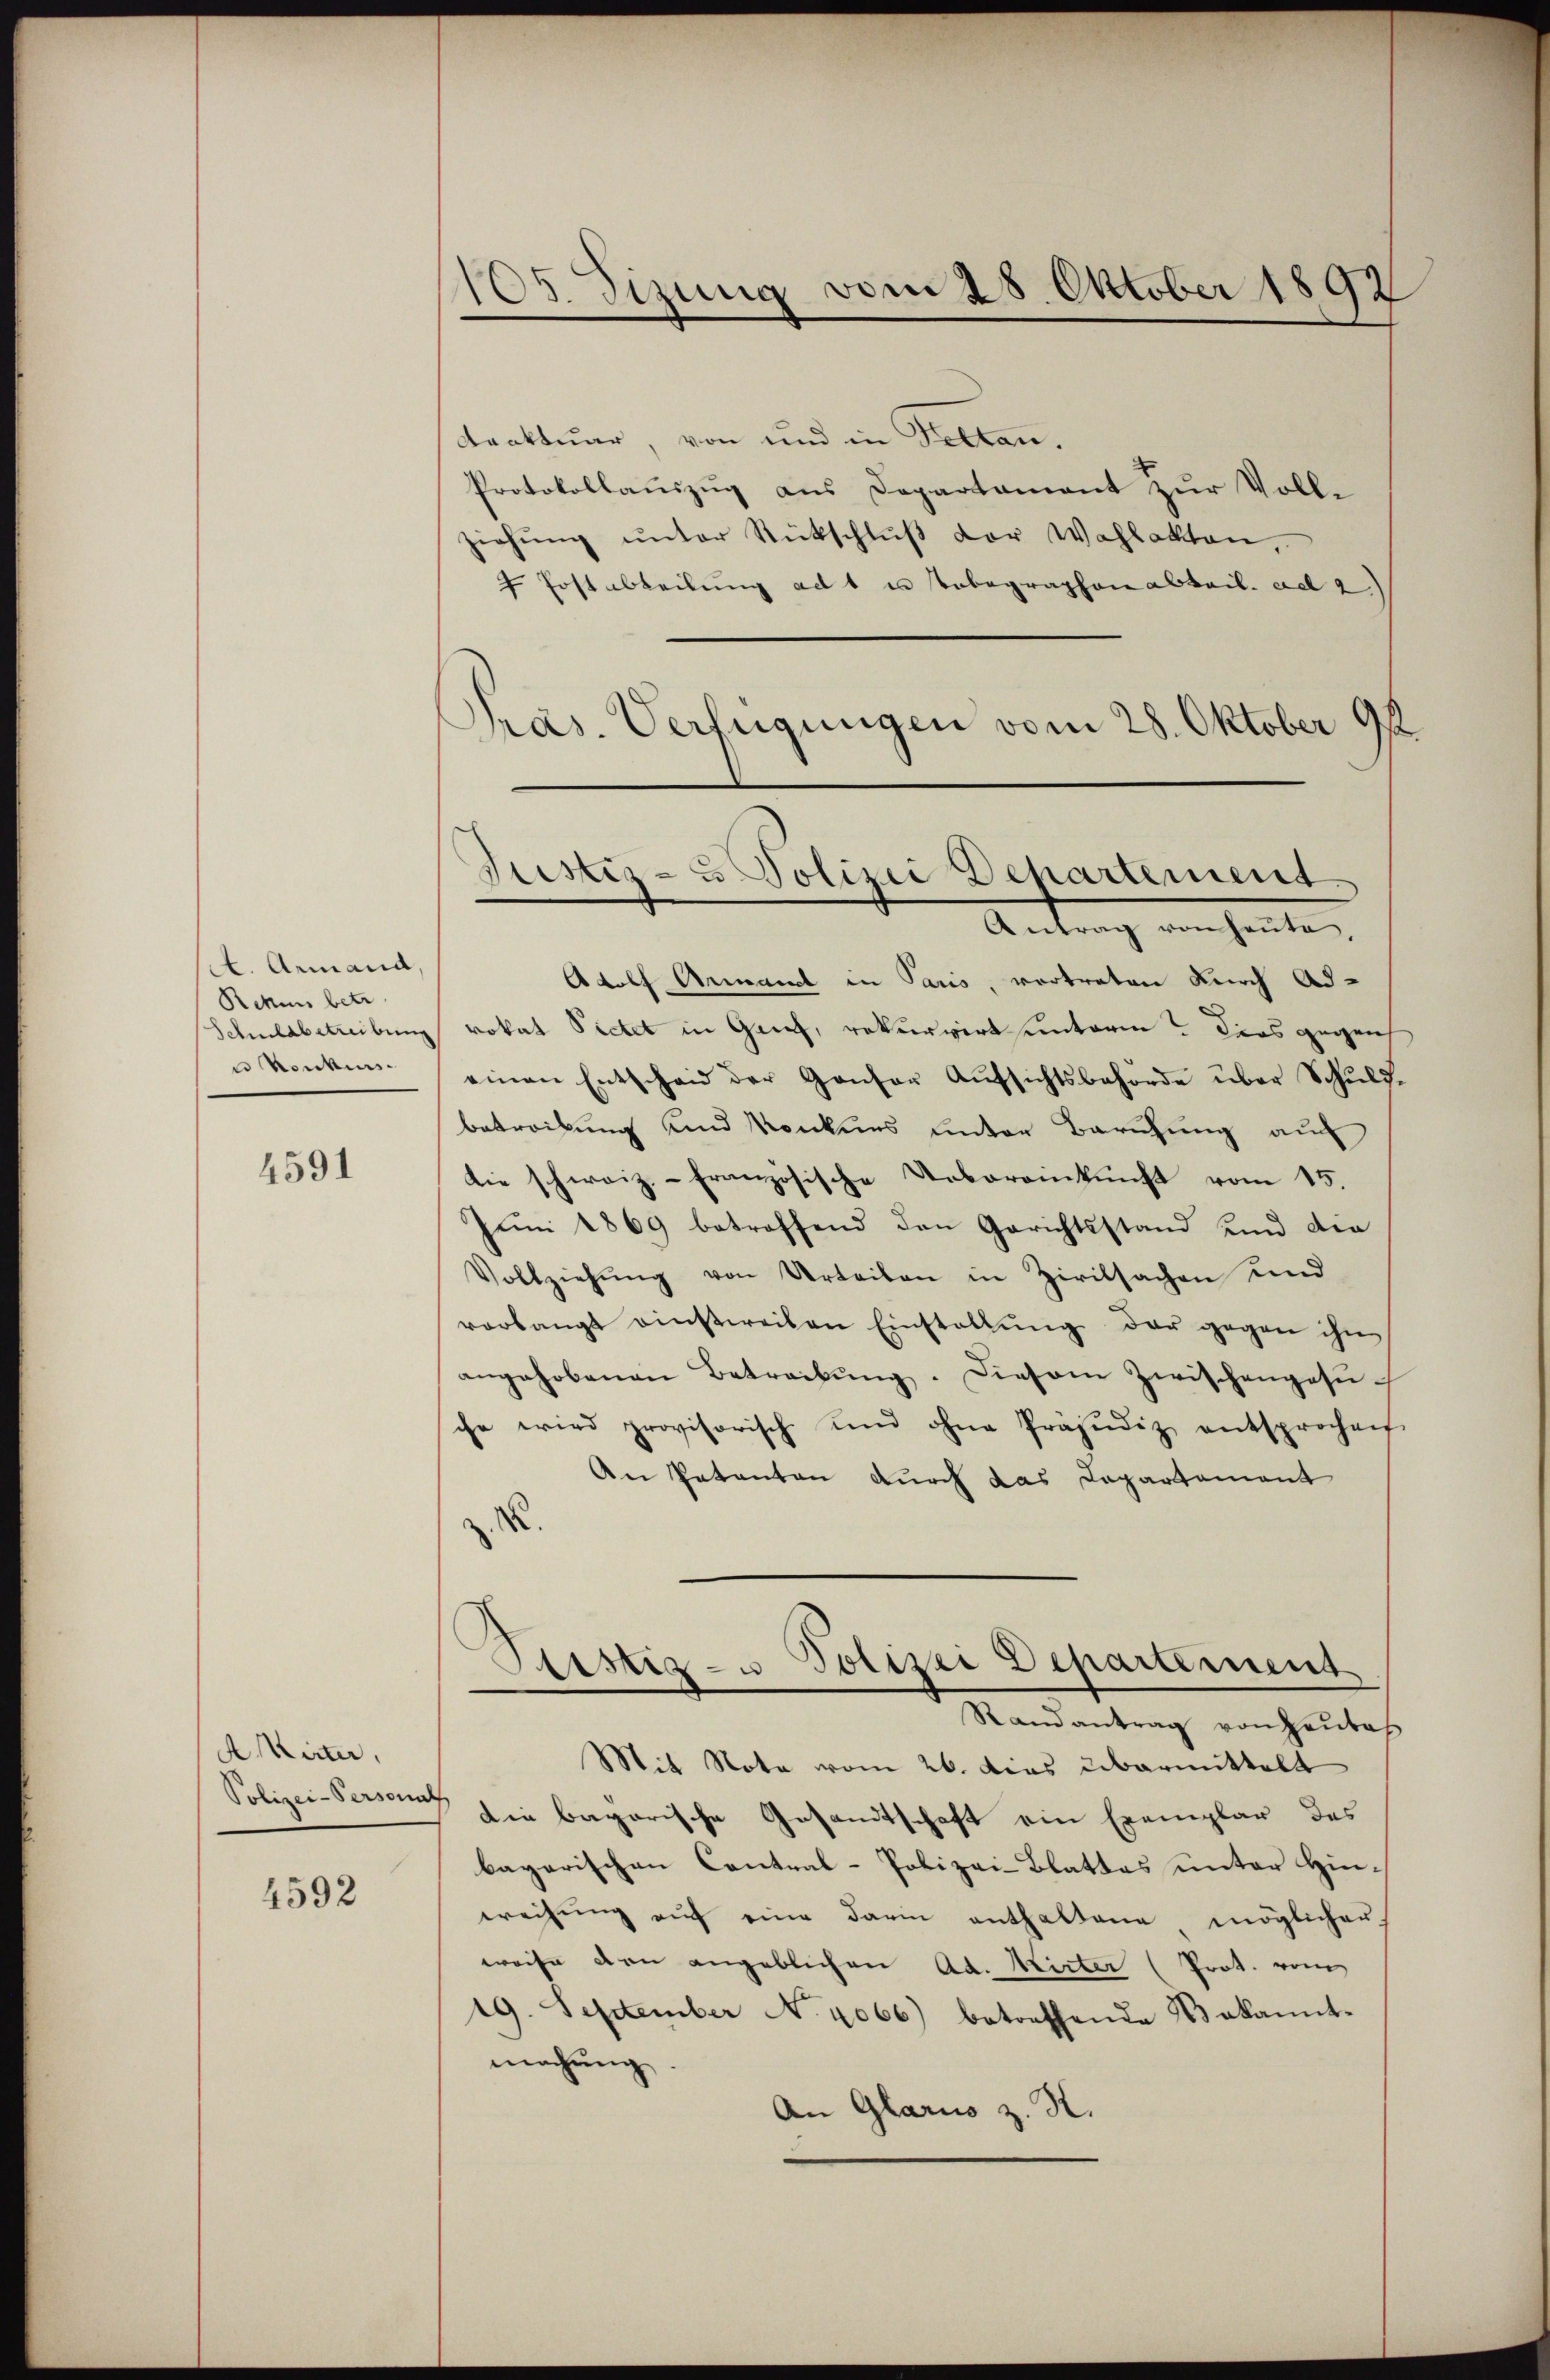
A. Armand,
Rekurs betr
Schuldbetreibung
u Konkurs

4591

AKirter,
Polizei-Personnt

4592

105. dizung vom 28. Oktober 1892

Sistiz- u Polizei Departement
Antrag von heute,

ttraktuar, von und in Felten.
Protokollauszug aus Departament zur Vollziehŭng ŭnter Rückschlŭβ der Wahlakten,
7 Erstabteilŭng ad 1 u Tobegraphen abteil. ad 2.)
Pras. Verfügungen vom 28. Oktober 98
Adolf Ammand in Paris, vertreten durch Adrokat Pietet in Genf, rekurrirt unterm? Dies gegens
einen Entscheid der Ganser Aŭfsichtsbehörde über Schuld.
betreckung und Konkurs unter Berufung auf
die schweiz.- französische Ueberankunft vom 15.
Jŭni 1869 betreffend den Gerichtsstand und der
Vollziehŭng von Urteilen in Zivilsachen und
vorlangt einstweilen Einstallŭng der gegen ihn
angehobenen Betreibŭng. Diesem Zwischengesuche wird provisorisch und ohne Präjudiz entsprochen
An Patenten durch das Dapartement
¬
.
Sistiz- u Polizei Departement
Randantrag von Heutes
Mit Nota vom 26. dies übermittelt
Die bagarische Gesandtschaft ein Exemplar des
bayerischen Contral-Polizei-Blattes unter Hinweisŭng aŭf eine darin enthaltene möglicher
weise den angeblichen Ad. Wirter (Prot. vom
19. September N. 4066) betreffende Nekannt-
machung
An Glarus z. R.